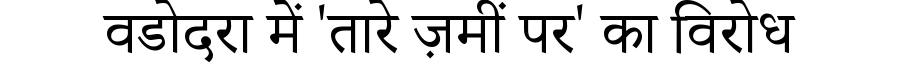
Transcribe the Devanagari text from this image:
वडोदरा में 'तारे ज़मीं पर' का विरोध